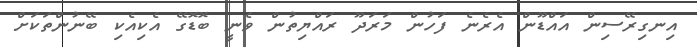
އިނގިރޭސިން އައްޑޫން އެރެނެ ފަހުން މަރަދޫ ރައްޔިތުން ވެނީ ބޮޑޮގޭ އެކިއެކި ބޭނުންތަކަށް